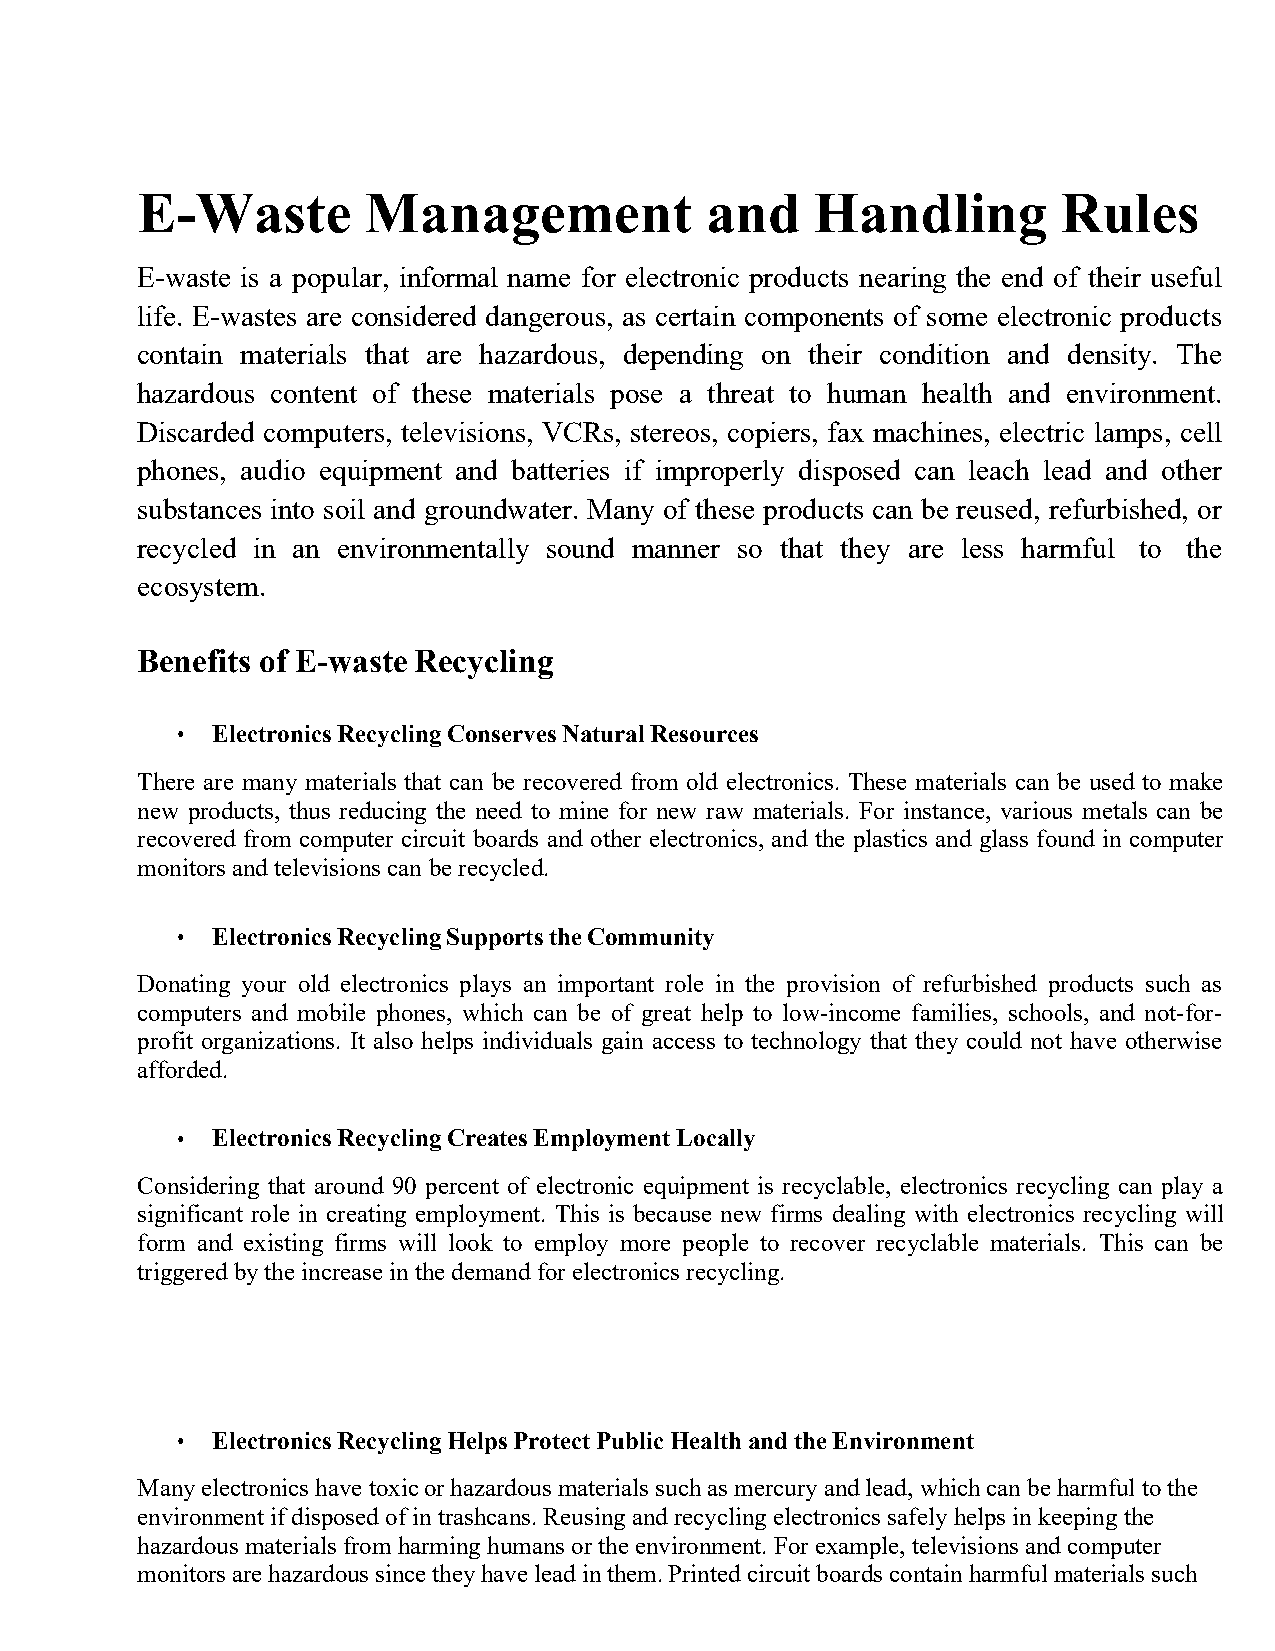
E-Waste        Management             and    Handling        Rules
 E-waste is a popular, informal name for electronic products nearing the end of their useful
 life. E-wastes are considered dangerous, as certain components of some electronic products
 contain materials that are hazardous, depending on their condition and density. The
 hazardous content of these materials pose a threat to human health and environment.
 Discarded computers, televisions, VCRs, stereos, copiers, fax machines, electric lamps, cell
 phones, audio equipment and batteries if improperly disposed can leach lead and other
 substances into soil and groundwater. Many of these products can be reused, refurbished, or
 recycled in an environmentally sound manner so that they are less harmful to the
 ecosystem.
 Benefits of E-waste Recycling
 • ElectronicsRecyclingConservesNaturalResources
 There are many materials that can be recovered from old electronics. These materials can be used to make
 new products, thus reducing the need to mine for new raw materials. For instance, various metals can be
 recovered from computer circuit boards and other electronics, and the plastics and glass found in computer
 monitorsand televisions can berecycled.
 • ElectronicsRecyclingSupportstheCommunity
 Donating your old electronics plays an important role in the provision of refurbished products such as
 computers and mobile phones, which can be of great help to low-income families, schools, and not-for-
 profit organizations. It also helps individuals gain access to technology that they could not have otherwise
 afforded.
 • ElectronicsRecyclingCreatesEmploymentLocally
 Considering that around 90 percent of electronic equipment is recyclable, electronics recycling can play a
 significant role in creating employment. This is because new firms dealing with electronics recycling will
 form and existing firms will look to employ more people to recover recyclable materials. This can be
 triggeredbytheincreaseinthedemand for electronicsrecycling.
 • ElectronicsRecyclingHelpsProtectPublicHealthandtheEnvironment
 Manyelectronics havetoxicorhazardous materials suchas mercuryandlead, whichcan beharmful tothe
 environment ifdisposedofintrashcans.Reusingandrecyclingelectronicssafely helps inkeepingthe
 hazardous materials from harminghumans ortheenvironment. For example,televisions andcomputer
 monitorsarehazardoussincetheyhavelead inthem.Printedcircuitboards containharmful materials such